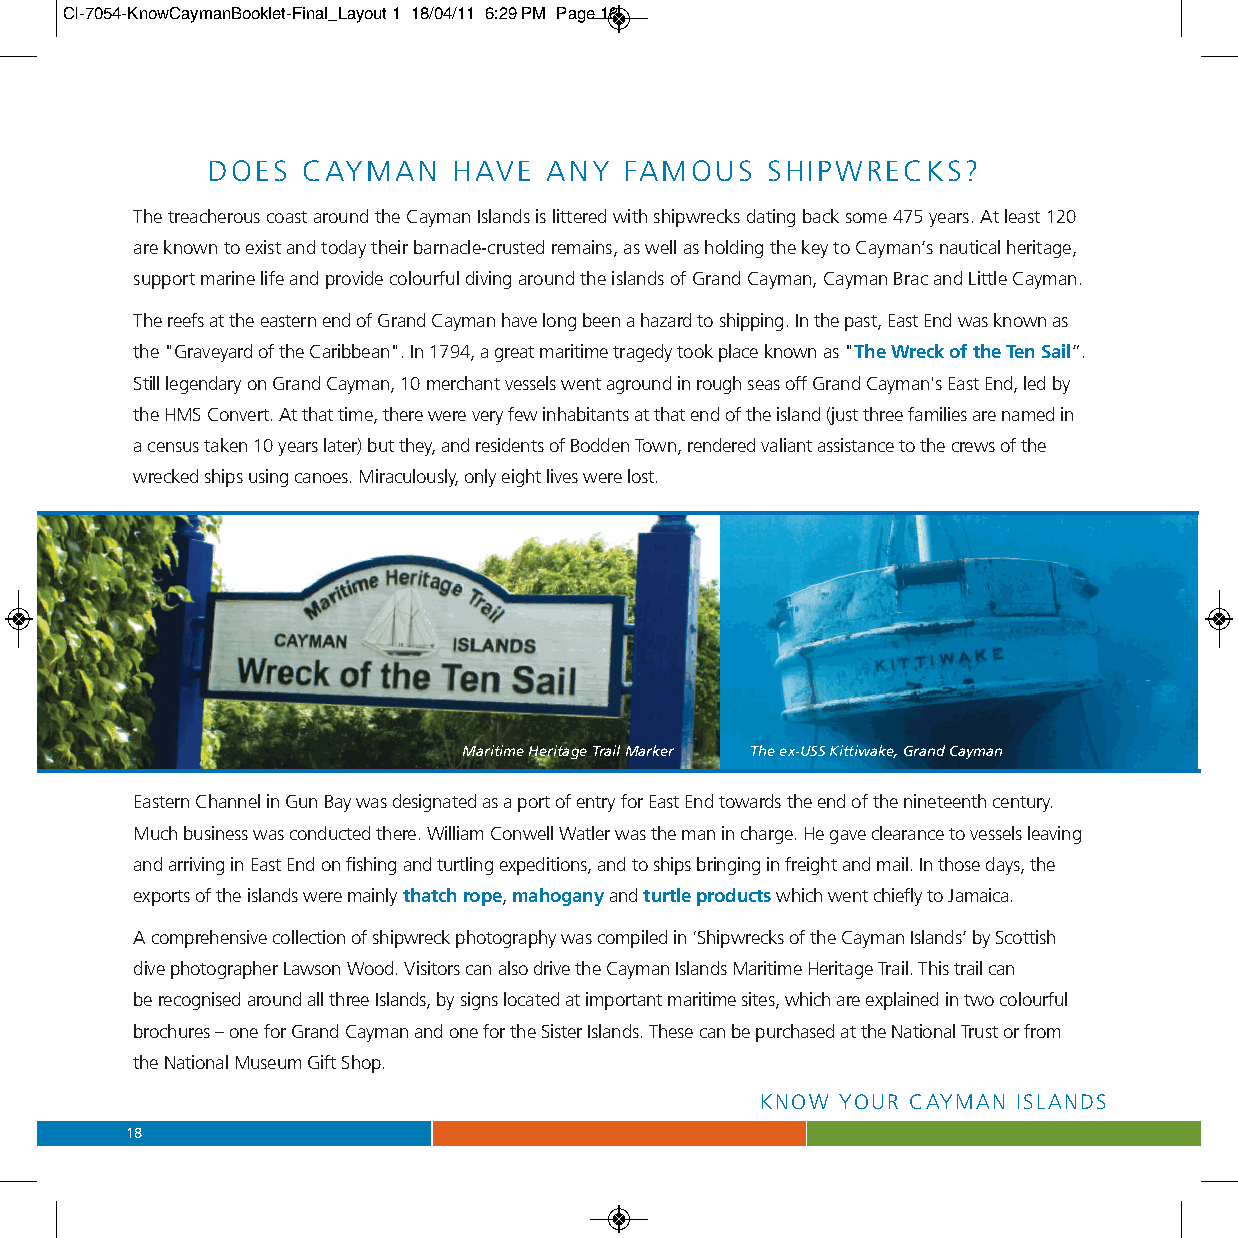
CI-7054-KnowCaymanBooklet-Final_Layout 1 18/04/11 6:29 PM Page 18
 DOES  CAYMAN    HAVE  ANY  FAMOUS    SHIPWRECKS?
 The treacherous coast around the Cayman Islands is littered with shipwrecks dating back some 475 years. At least 120
 are known to exist and today their barnacle-crusted remains, as well as holding the key to Cayman’s nautical heritage,
 support marine life and provide colourful diving around the islands of Grand Cayman, Cayman Brac and Little Cayman.
 The reefs at the eastern end of Grand Cayman have long been a hazard to shipping. In the past, East End was known as
 the "Graveyard of the Caribbean". In 1794, a great maritime tragedy took place known as "The Wreck of the Ten Sail”.
 Still legendary on Grand Cayman, 10 merchant vessels went aground in rough seas off Grand Cayman's East End, led by
 the HMS Convert. At that time, there were very few inhabitants at that end of the island (just three families are named in
 a census taken 10 years later) but they, and residents of Bodden Town, rendered valiant assistance to the crews of the
 wrecked ships using canoes. Miraculously, only eight lives were lost.
 Maritime Heritage Trail Marker The ex-USS Kittiwake, Grand Cayman
 Eastern Channel in Gun Bay was designated as a port of entry for East End towards the end of the nineteenth century.
 Much business was conducted there. William Conwell Watler was the man in charge. He gave clearance to vessels leaving
 and arriving in East End on fishing and turtling expeditions, and to ships bringing in freight and mail. In those days, the
 exports of the islands were mainly thatch rope, mahoganyandturtle productswhich went chiefly to Jamaica.
 A comprehensive collection of shipwreck photography was compiled in ‘Shipwrecks of the Cayman Islands’ by Scottish
 dive photographer Lawson Wood. Visitors can also drive the Cayman Islands Maritime Heritage Trail. This trail can
 be recognised around all three Islands, by signs located at important maritime sites, which are explained in two colourful
 brochures –one for Grand Cayman and one for the Sister Islands. These can be purchased at the National Trust or from
 the National Museum Gift Shop.
 KNOW  YOUR CAYMAN ISLANDS
 18